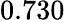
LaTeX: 0.730